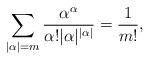
LaTeX: \begin{align*}\sum_{|\alpha|=m}\frac{\alpha^{\alpha}}{\alpha!|\alpha|^{|\alpha|}}=\frac{1}{m!},\end{align*}